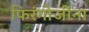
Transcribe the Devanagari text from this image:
फिरंगोजींना